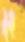
א